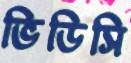
ভিডিসি